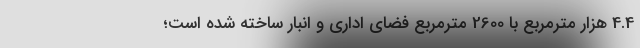
4.4 هزار مترمربع با 2600 مترمربع فضای اداری و انبار ساخته شده است؛